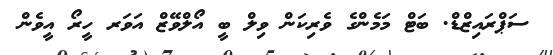
ސަޕްރައިޒްޑް. ބަޓް މަމެންގެ ވެރިކަން ވިލް ބީ އޯލްވޭޒް އަވަރ ހީރޯ އީވެން